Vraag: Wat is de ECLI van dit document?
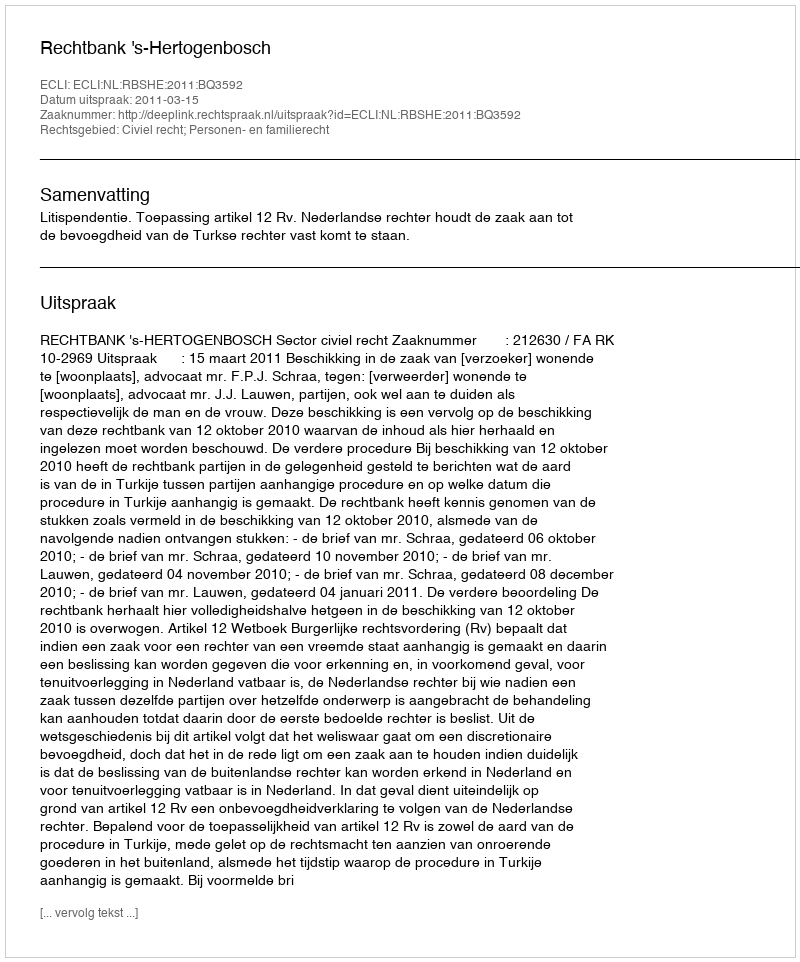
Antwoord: ECLI:NL:RBSHE:2011:BQ3592